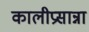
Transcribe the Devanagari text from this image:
कालीप्रसान्ना